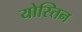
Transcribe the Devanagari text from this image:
योस्तिन